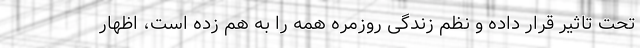
تحت تاثیر قرار داده و نظم زندگی روزمره همه را به هم زده است، اظهار